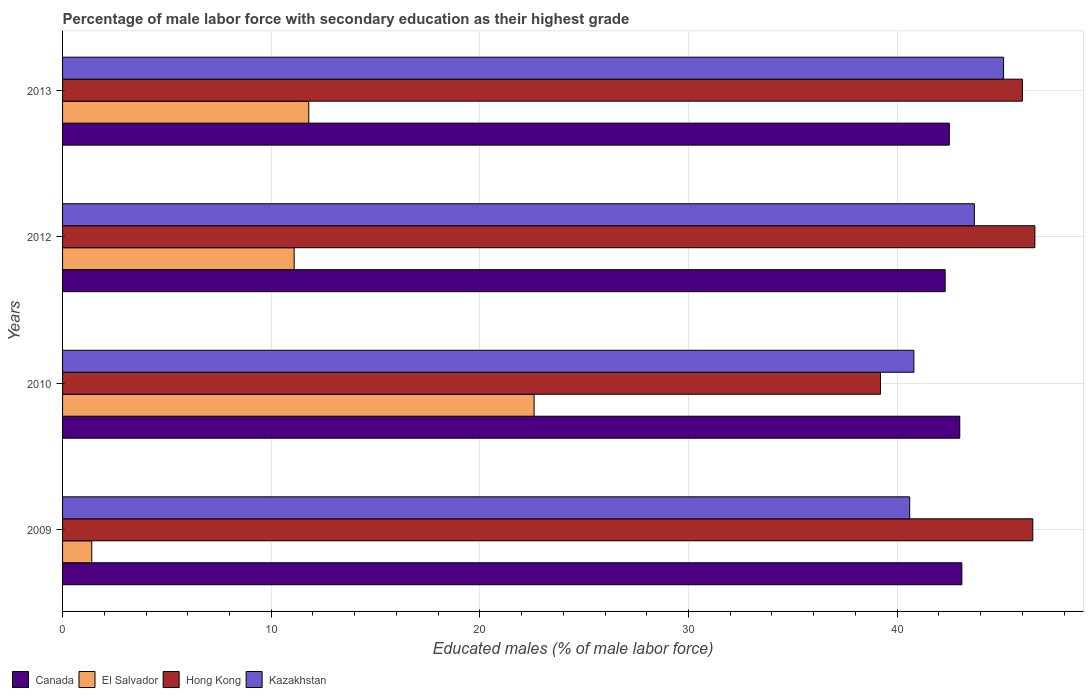
| Years | Canada | El Salvador | Hong Kong | Kazakhstan |
 | --- | --- | --- | --- | --- |
 | 2009 | 43.1 | 1.4 | 46.5 | 40.6 |
 | 2010 | 43 | 22.6 | 39.2 | 40.8 |
 | 2012 | 42.3 | 11.1 | 46.6 | 43.7 |
 | 2013 | 42.5 | 11.8 | 46 | 45.1 |